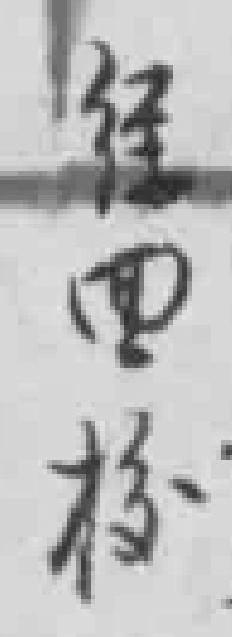
经四校